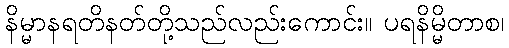
နိမ္မာနရတိနတ်တို့သည်လည်းကောင်း။ ပရနိမ္မိတာစ၊